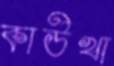
কাউখা